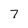
Character: 7